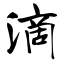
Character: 滴